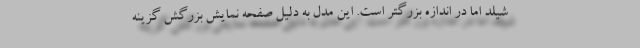
شیلد اما در اندازه بزرگتر است. این مدل به دلیل صفحه نمایش بزرگش گزینه